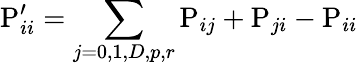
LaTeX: \mathrm{P}_{ii}^{\prime}=\sum_{j=0,1,D,p,r}{\mathrm{P}_{ij}+\mathrm{P}_{ji}-\mathrm{P}_{ii}}